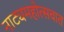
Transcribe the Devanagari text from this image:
नाट्यमहोत्सवात